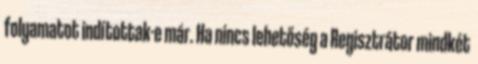
folyamatot indítottak-e már. Ha nincs lehetőség a Regisztrátor mindkét